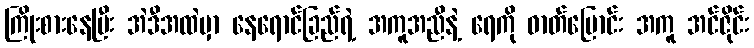
ကြိုးစားနေပြီး အဲဒီအထဲမှာ နေရောင်ခြည်ရဲ့ အကူအညီနဲ့ ရေကို ဓာတ်ပြောင်း အကူ အင်ဇိုင်း